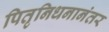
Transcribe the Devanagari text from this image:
पितृनिधनानंतर